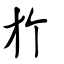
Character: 𣃘